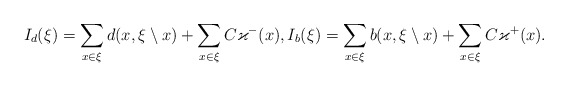
\begin{align*}I_d(\xi)= \sum_{x\in\xi} d(x,\xi\setminus x) + \sum_{x\in\xi} C\varkappa^-(x),I_b(\xi)= \sum_{x\in\xi} b(x,\xi\setminus x) + \sum_{x\in\xi} C\varkappa^+(x).\end{align*}